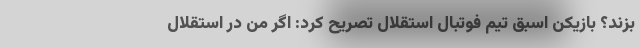
بزند؟ بازیکن اسبق تیم فوتبال استقلال تصریح کرد: اگر من در استقلال